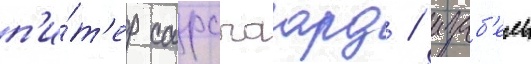
п'и́т'ер сарсгаард / изаб'ель